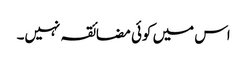
اس میں کوئی مضائقہ نہیں۔